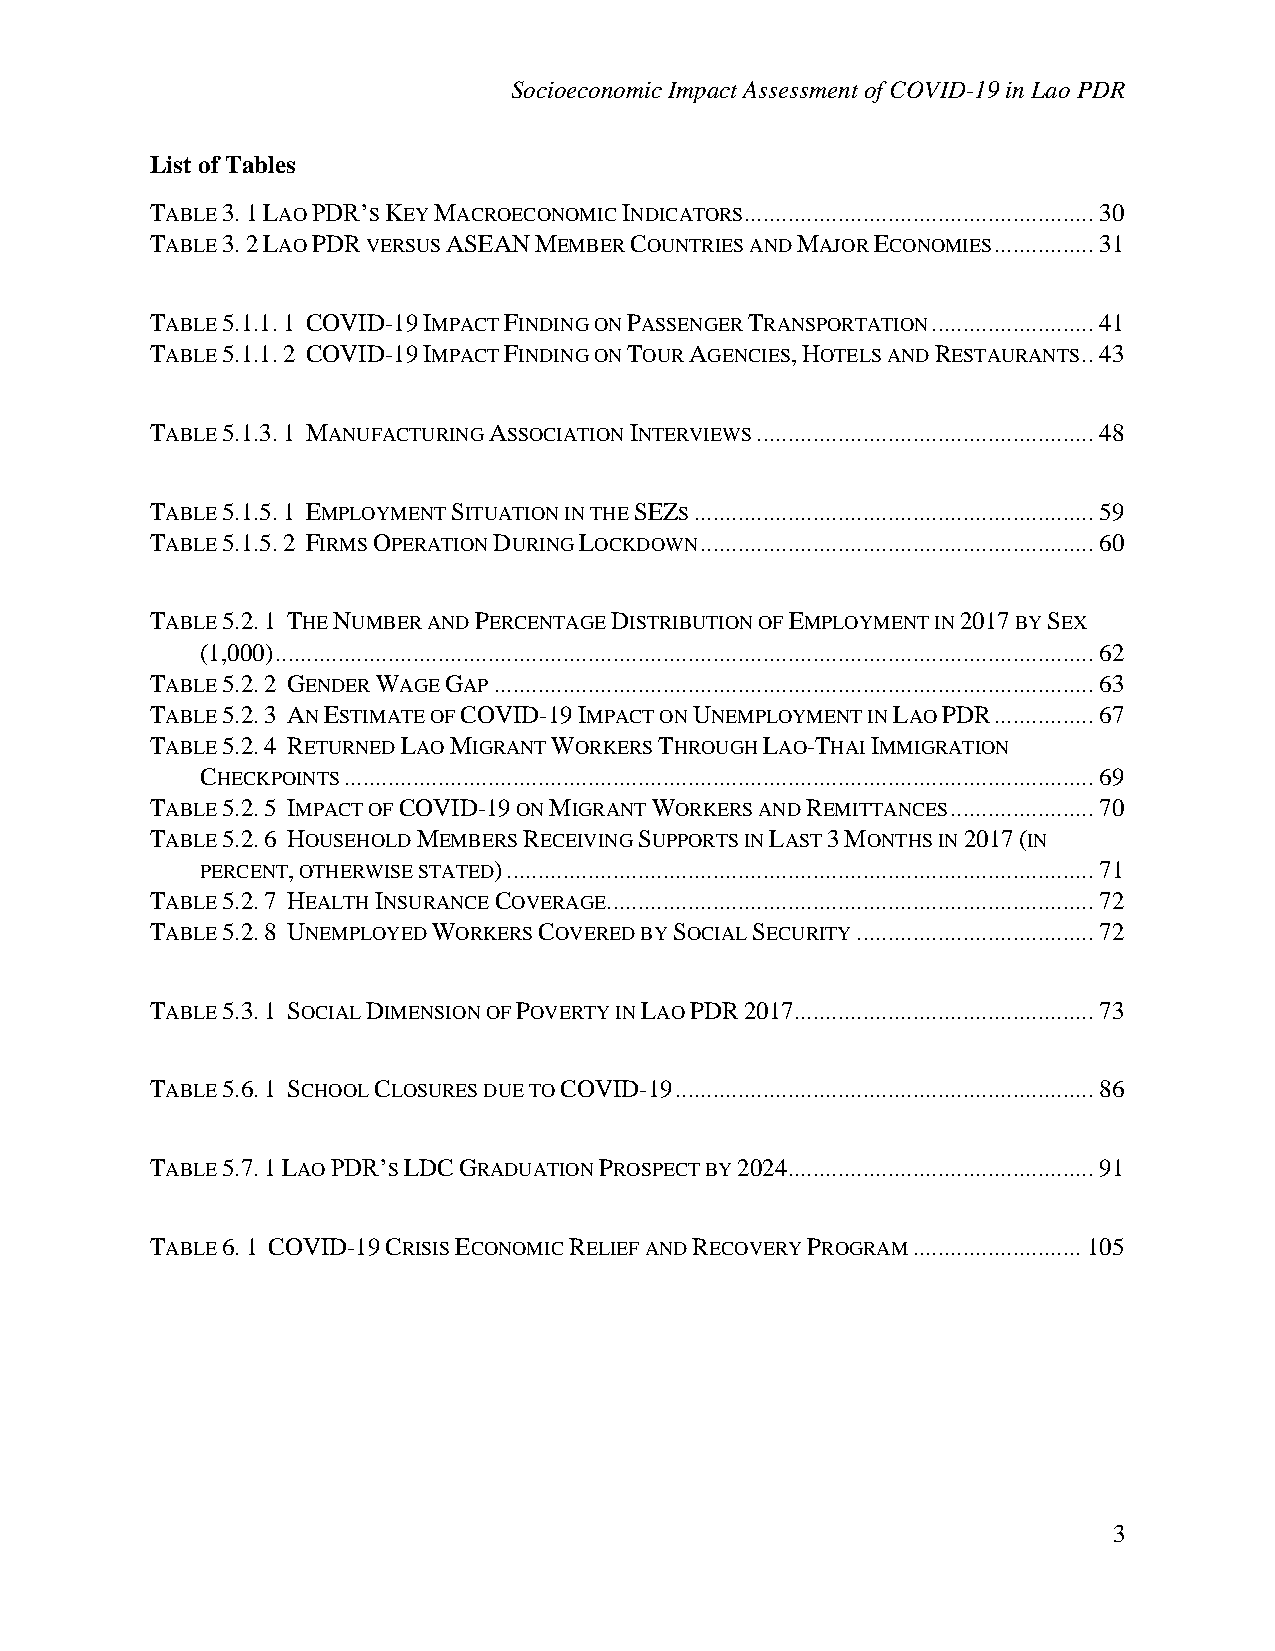
Socioeconomic Impact Assessment of COVID-19 in Lao PDR
 List of Tables
 TABLE 3. 1 LAO PDR’S KEY MACROECONOMIC INDICATORS ........................................................ 30
 TABLE 3. 2 LAO PDR VERSUS ASEAN MEMBER COUNTRIES AND MAJOR ECONOMIES ................ 31
 TABLE 5.1.1. 1 COVID-19 IMPACT FINDING ON PASSENGER TRANSPORTATION .......................... 41
 TABLE 5.1.1. 2 COVID-19 IMPACT FINDING ON TOUR AGENCIES, HOTELS AND RESTAURANTS .. 43
 TABLE 5.1.3. 1 MANUFACTURING ASSOCIATION INTERVIEWS ...................................................... 48
 TABLE 5.1.5. 1 EMPLOYMENT SITUATION IN THE SEZS ................................................................ 59
 TABLE 5.1.5. 2 FIRMS OPERATION DURING LOCKDOWN ............................................................... 60
 TABLE 5.2. 1 THE NUMBER AND PERCENTAGE DISTRIBUTION OF EMPLOYMENT IN 2017 BY SEX
 (1,000) ................................................................................................................................... 62
 TABLE 5.2. 2 GENDER WAGE GAP ................................................................................................ 63
 TABLE 5.2. 3 AN ESTIMATE OF COVID-19 IMPACT ON UNEMPLOYMENT IN LAO PDR ................ 67
 TABLE 5.2. 4 RETURNED LAO MIGRANT WORKERS THROUGH LAO-THAI IMMIGRATION
 CHECKPOINTS ........................................................................................................................ 69
 TABLE 5.2. 5 IMPACT OF COVID-19 ON MIGRANT WORKERS AND REMITTANCES ....................... 70
 TABLE 5.2. 6 HOUSEHOLD MEMBERS RECEIVING SUPPORTS IN LAST 3 MONTHS IN 2017 (IN
 PERCENT, OTHERWISE STATED) .............................................................................................. 71
 TABLE 5.2. 7 HEALTH INSURANCE COVERAGE .............................................................................. 72
 TABLE 5.2. 8 UNEMPLOYED WORKERS COVERED BY SOCIAL SECURITY ...................................... 72
 TABLE 5.3. 1 SOCIAL DIMENSION OF POVERTY IN LAO PDR 2017 ................................................ 73
 TABLE 5.6. 1 SCHOOL CLOSURES DUE TO COVID-19 ................................................................... 86
 TABLE 5.7. 1 LAO PDR’S LDC GRADUATION PROSPECT BY 2024 ................................................. 91
 TABLE 6. 1 COVID-19 CRISIS ECONOMIC RELIEF AND RECOVERY PROGRAM ........................... 105
 3